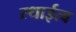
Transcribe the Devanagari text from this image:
स्थाईत्व